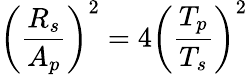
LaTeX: \left(\frac{R_{s}}{A_{p}}\right)^{2}=4\left(\frac{T_{p}}{T_{s}}\right)^{2}